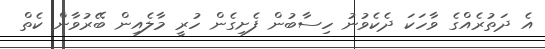
އެ ދަތުރެއްގެ ވާހަކަ ދެކެވުނު ހިސާބުން ފެށިގެން ހުރީ މާލެއިން ބޭރުވާން ކެތް